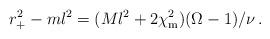
LaTeX: \begin{align*}r_+^2-ml^2= (Ml^2 + 2\chi_{\rm m}^2) (\Omega-1)/\nu \,.\end{align*}